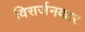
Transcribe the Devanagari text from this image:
विसर्जनकार